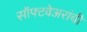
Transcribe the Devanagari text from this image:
सॉफ्टवेअरांची